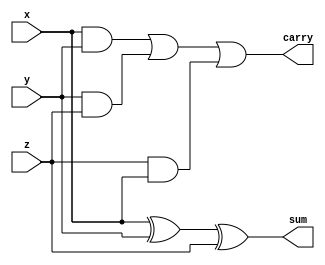
module FullAdder(sum,carry,x,y,z);
  input x,y,z;
  output sum,carry;
  wire w1,w2,w3;
  and(w1,x,y);
  and(w2,y,z);
  and(w3,z,x);
  or(carry,w1,w2,w3);
  xor(sum,x,y,z);
endmodule